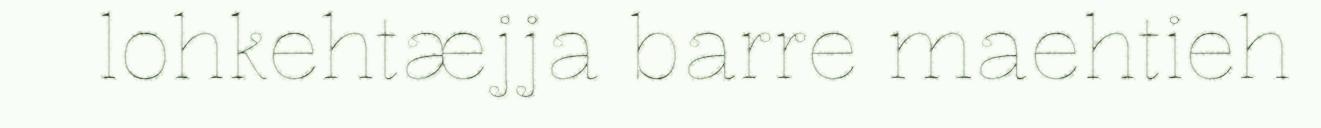
lohkehtæjja barre maehtieh